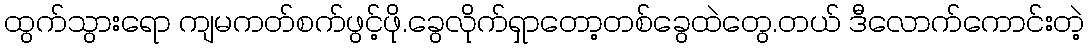
ထွက်သွားရော ကျမကတ်စက်ဖွင့်ဖို.ခွေလိုက်ရှာတော့တစ်ခွေထဲတွေ.တယ် ဒီလောက်ကောင်းတဲ့